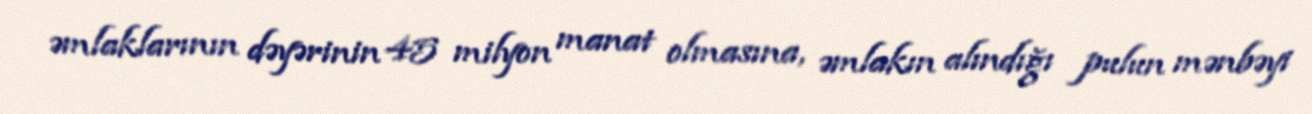
əmlaklarının dəyərinin 45 milyon manat olmasına, əmlakın alındığı pulun mənbəyi